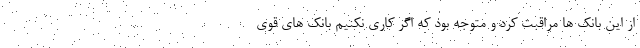
از این بانک ها مراقبت کرد و متوجه بود که اگر کاری نکنیم بانک های قوی